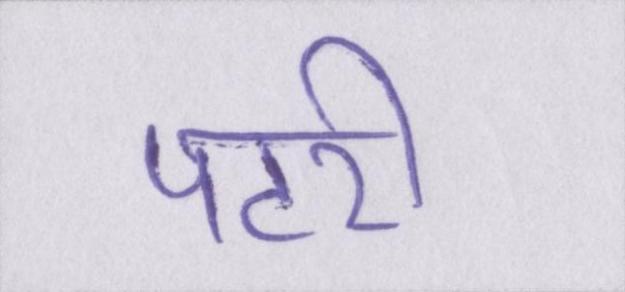
पटरी